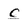
Character: C